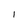
Character: I